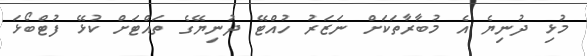
މުޅި ދުނިޔެ އެ މުބާރާތަކަށް ނަޒަރު ހުއްޓޭ ދުނިޔޭގެ ތައްޓަށް ކުޅޭ ފުޓްބޯޅަ